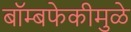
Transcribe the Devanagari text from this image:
बॉम्बफेकीमुळे